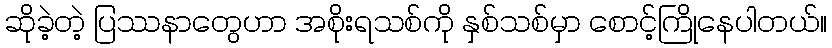
ဆိုခဲ့တဲ့ ပြဿနာတွေဟာ အစိုးရသစ်ကို နှစ်သစ်မှာ စောင့်ကြိုနေပါတယ်။